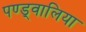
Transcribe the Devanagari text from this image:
पण्ड्वालिया